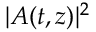
| A ( t , z ) | ^ { 2 }